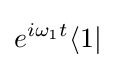
e^{i\omega _{1}t}\langle 1|